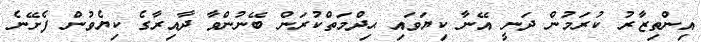
އިންތިޒާރު ކުރަމުން ދަނީ އޭނާ ކިޔަވައި ޙިދްމަތްކުރަން ބޭނުންވާ ދާއިރާގެ ކިޔެވުން ފެށޭނެ